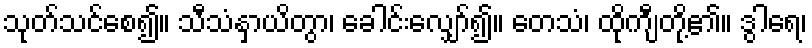
သုတ်သင်စေ၍။ သီသံနှာယိတွာ၊ ခေါင်းလျှော်၍။ တေသံ၊ ထိုကျီတို့၏။ ဒွါရေ၊